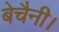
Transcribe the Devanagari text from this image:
बेचैनी।